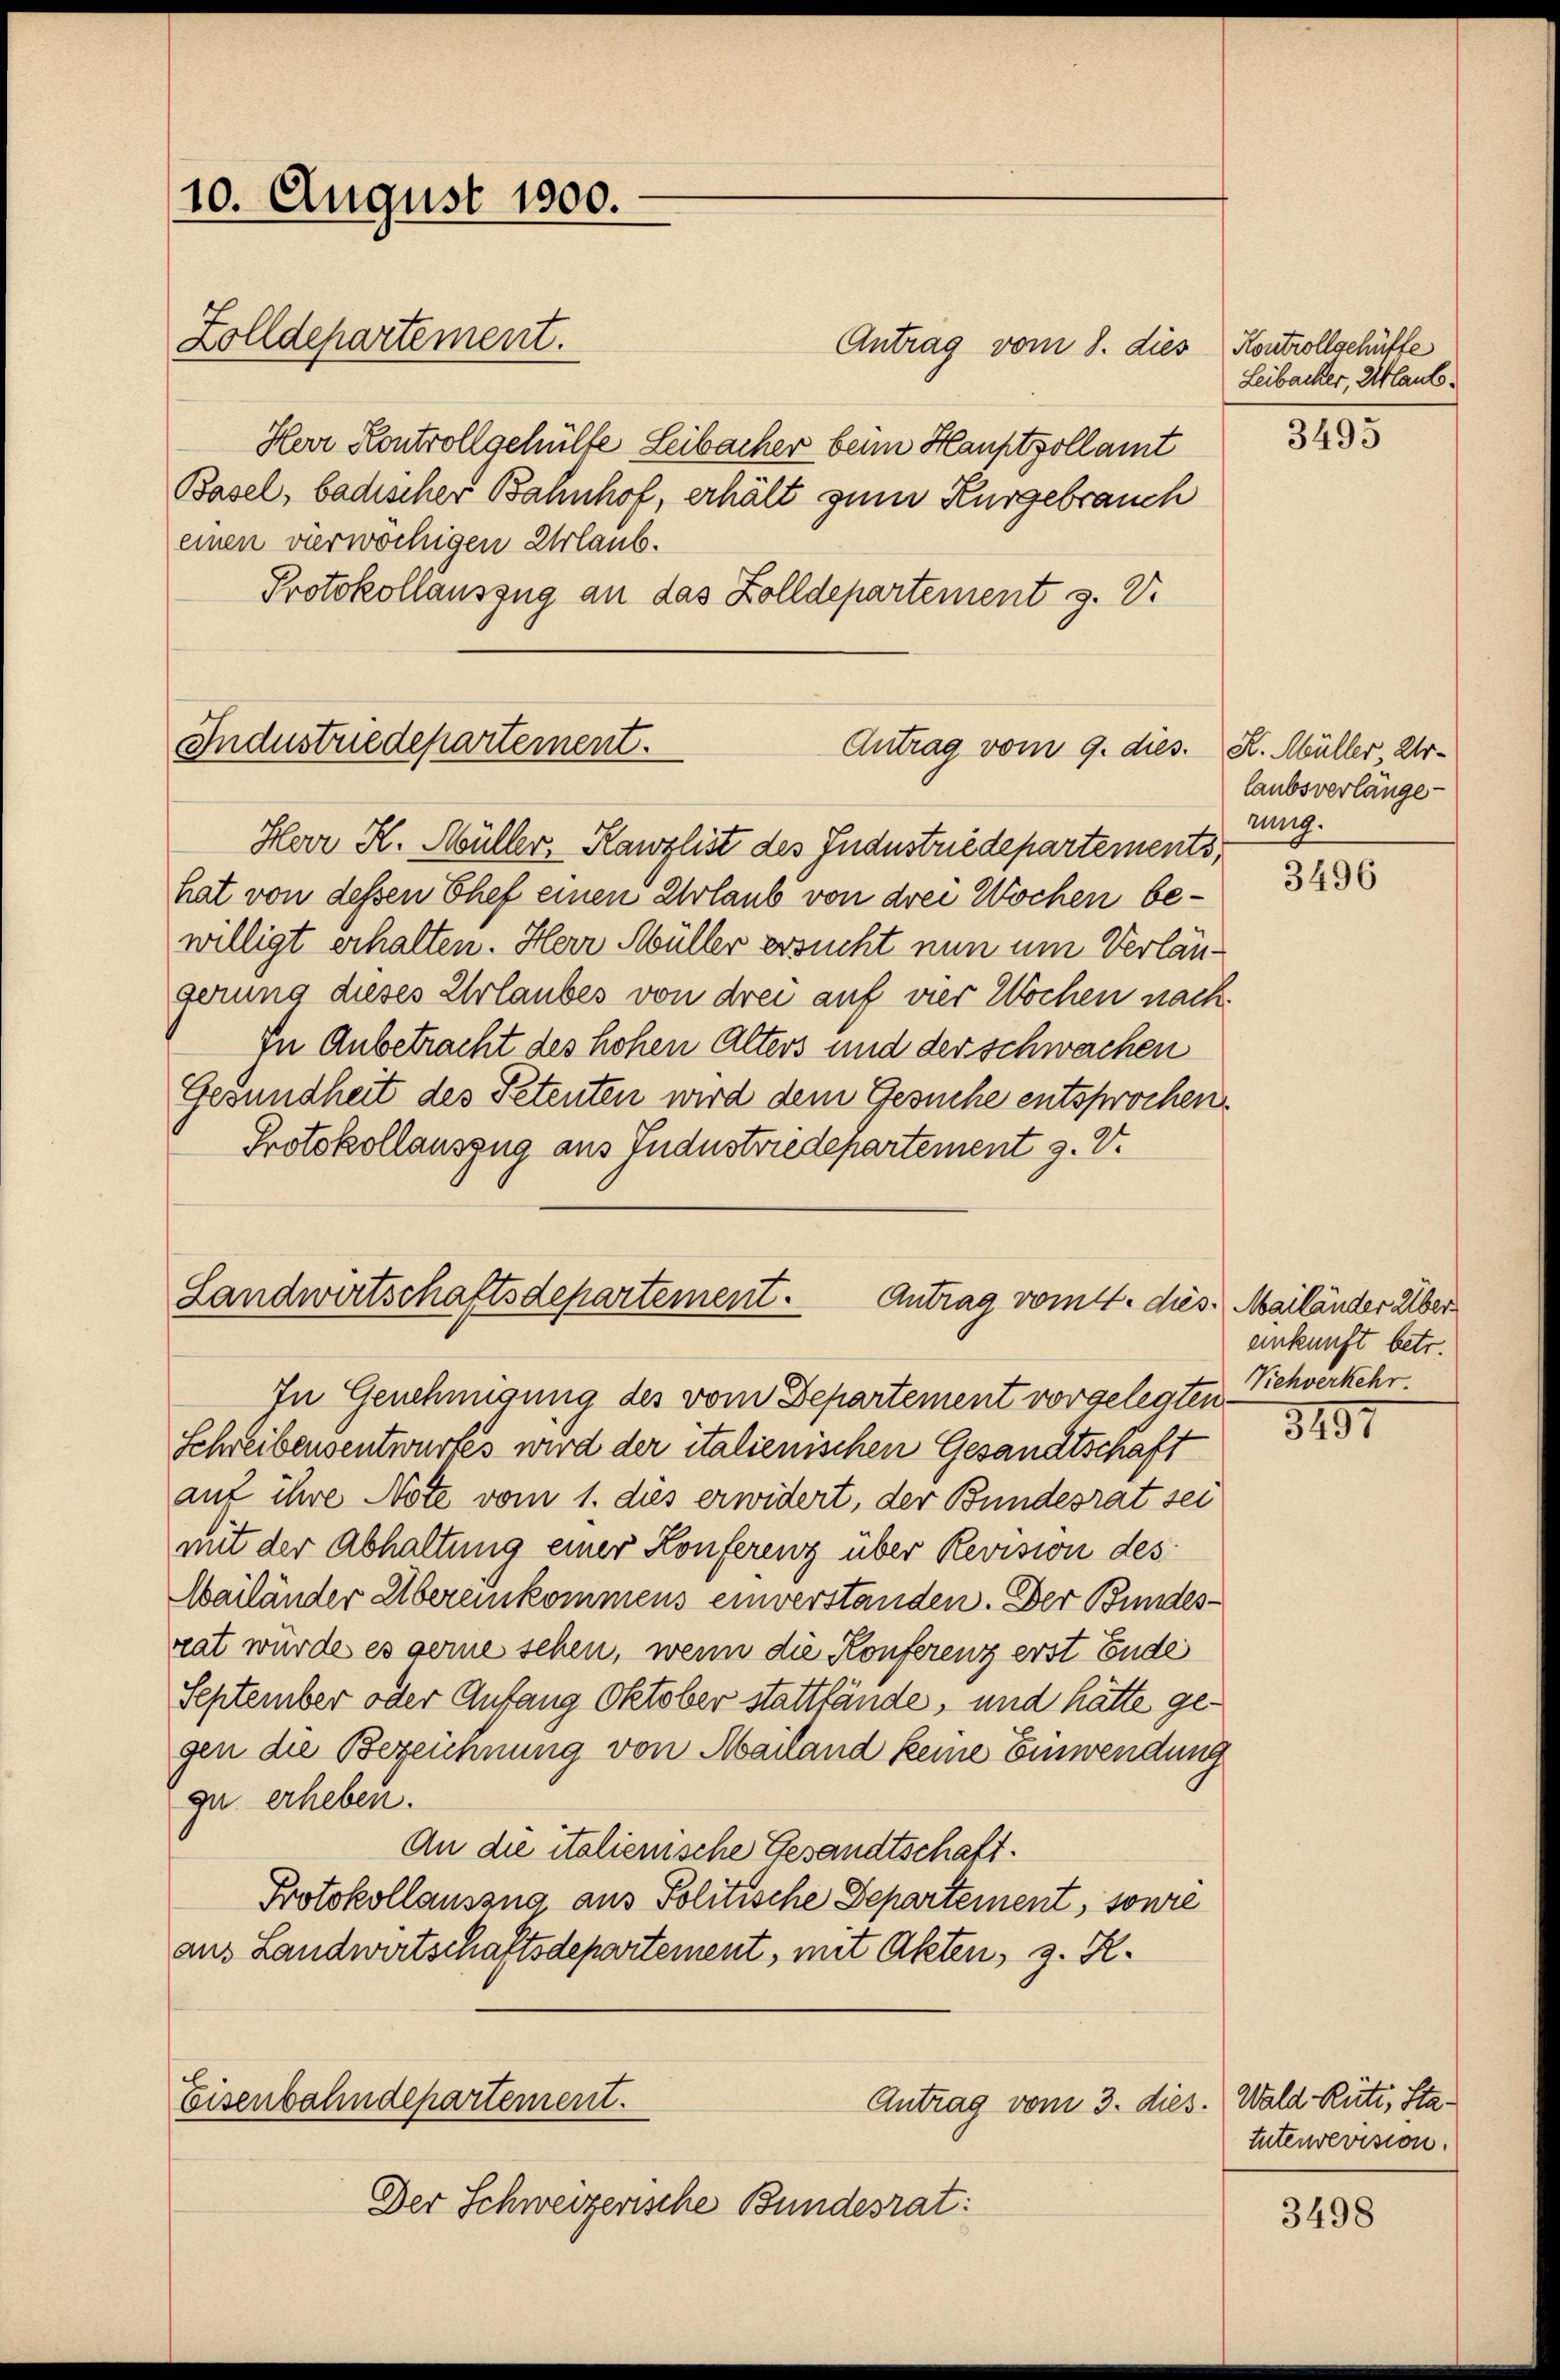
10. August 1800.
Zolldepartement.

Antrag vom 8. dies
Herr Kontrollgehülfe Leibacher beim Hauptzollamt
Basel, badischer Bahnhof, erhält zum Kurgebrauch
einen vierwöchigen Urlaub.
Protokollauszug an das Zolldepartement z. V.

Industriedepartement.
Antrag vom 9. dies.

Herr K. Müller, Kanzlist des Industriedepartements,
hat von dessen Chef einen Urlaub von drei Wochen bewilligt erhalten. Herr Müller ersucht nun um Verlängerung dieses Urlaubes von drei auf vier Wochen nach
In Anbetracht des hohen Alters und der schwachen
Gesundheit des Petenten wird dem Gesuche entsprochen.
Protokollauszug aus Industriedepartement z. V.

Landwirtschaftsdepartement. Antrag vom 4. dies. Mailänder Über
In Genehmigung des vom Departement vorgelegten.

Eisenbahndepartement.
Antrag vom 3. dies.

Der Schweizerische Bundesrat:

Kontrollgehülfe
Leibacher, Glaub.

Schreibensentwurfes wird der italienischen Gesandtschaft
auf ihre Note vom 1. dies erwidert, der Bundesrat sei
mit der Abhaltung einer Konferenz über Revision des
Mailänder Übereinkommens einverstanden. Der Bundesrat würde es gerne sehen, wenn die Konferenz erst Ende
September oder Anfang Oktober stattfände, und hätte gegen die Bezeichnung von Mailand keine Einwendung
gu erheben.
An die italienische Gesandtschaft.
Protokollauszug aus Politische Departement, sonre
aus Landwirtschaftsdepartement, mit Akten, z. R.

3105

H. Müller, Urlaubsverlänge-
rung.

3496

einkunft betr.
Viehverkehr.

3191

Wald Rüti, Statutenrevision.

3498